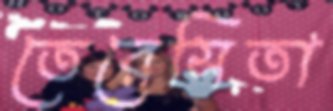
তেরেসিতা